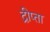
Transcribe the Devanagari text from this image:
द्रीप्ता